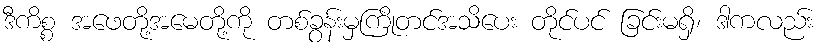
ဒီကိစ္စ အဖေတို့အမေတို့ကို တစ်ခွန်းမှကြိုတင်အသိပေး တိုင်ပင် ခြင်းမရှိ၊ ဒါကလည်း